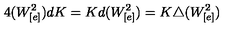
4 ( W _ { [ e ] } ^ { 2 } ) d K = K d ( W _ { [ e ] } ^ { 2 } ) = K \triangle ( W _ { [ e ] } ^ { 2 } )